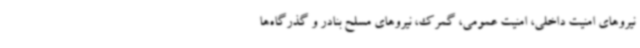
نیروهای امنیت داخلی، امنیت عمومی، گمرک، نیروهای مسلح بنادر و گذرگاه‌ها